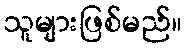
သူများဖြစ်မည်။